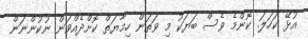
އުޅޭ ކަހަލަ. ކޮންމެ ވެސް ބަޔަކު މި ވަތަން ހިމާޔަތް ކޮށްދެއްވަން ނުކުންނަން